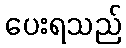
ပေးရသည်